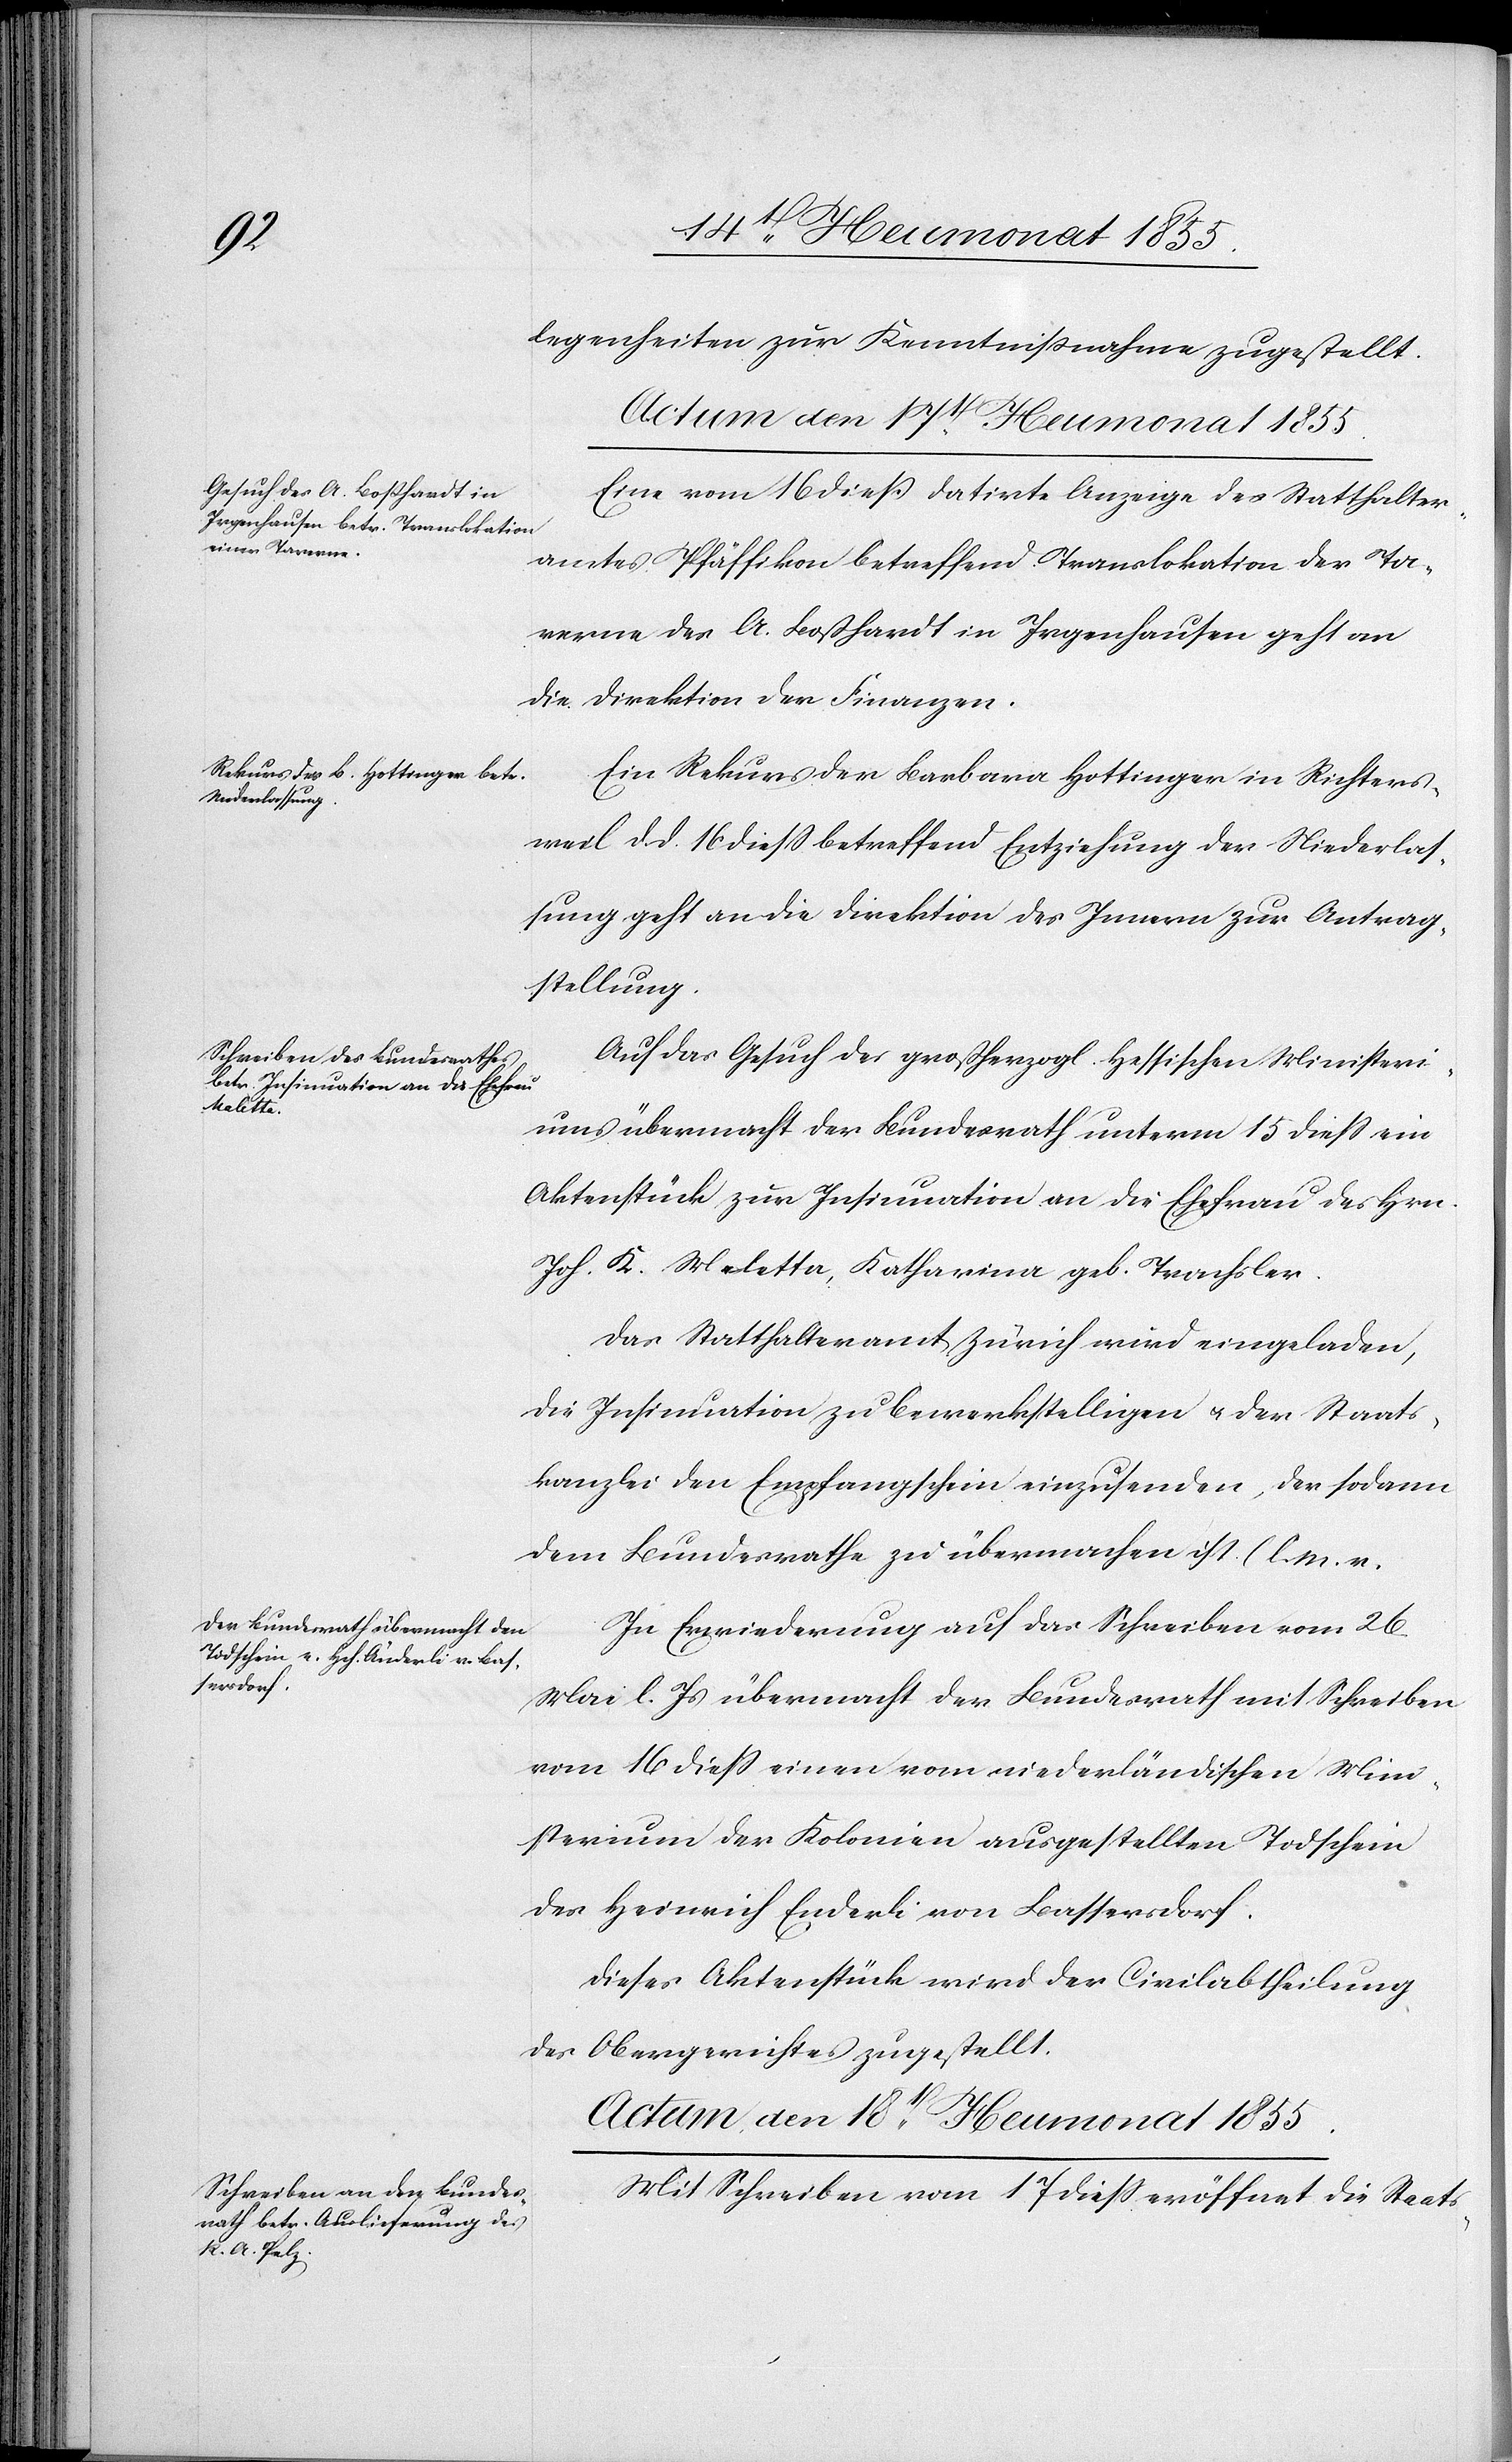
legenheiten zur Kenntnissnahme zugestellt.
Eine vom 16 dieß datirte Anzeige des Statthalter¬
amtes Pfäffikon betreffend Translokation der Ta¬
verne des A. Boßhardt in Irgenhausen geht an
die Direktion der Finanzen.
Ein Rekurs der Barbara Hottinger in Richters¬
weil d. d. 16 diess betreffend Entziehung der Niederlas¬
sung geht an die Direktion des Innern zur Antrag¬
stellung.
Auf das Gesuch des großherzogl. Hessischen Ministeri¬
ums übermacht der Bundesrath unterm 15 diess ein
Aktenstück zur Insinuation an die Ehefrau des Hrn.
Joh. K. Meletta, Katharina geb. Trachsler.
Das Statthalteramt Zürich wird eingeladen,
die Insinuation zu bewerkstelligen & der Staats¬
kanzlei den Empfangschein einzusenden, der sodann
dem Bundesrathe zu übermachen ist. (l. M. v.
In Erwiederung auf das Schreiben vom 26.
Mai l. Js übermacht der Bundesrath mit Schreiben
vom 16 diess einen vom niederländischen Mini¬
sterium der Kolonien ausgestellten Todschein
des Heinrich Enderli [sic!] von Bassersdorf.
Dieses Aktenstück wird der Civilabtheilung
des Obergerichtes zugestellt.
Actum, den 18t[en]. Heumonat 1855.
Mit Schreiben vom 17 diess eröffnet die Staats-